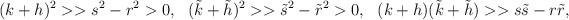
LaTeX: \begin{align*}(k+h)^2 >> s^2-r^2>0, \ \ (\tilde{k}+\tilde{h})^2>>\tilde{s}^2-\tilde{r}^2>0,\ \ (k+h)(\tilde{k}+\tilde{h})>>s\tilde{s}-r\tilde{r},\end{align*}